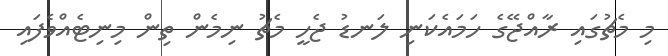
މި މެޗުގައި ރާއްޖޭގެ ހަމައެކަނި ލަނޑު ޖެހީ މެޗު ނިމެން ތިން މިނިޓެއްވެފައި